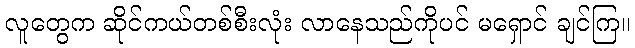
လူတွေက ဆိုင်ကယ်တစ်စီးလုံး လာနေသည်ကိုပင် မရှောင် ချင်ကြ။